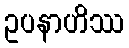
ဥပနာဟိဿ